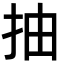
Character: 抽